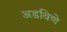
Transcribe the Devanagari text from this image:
अडविणे